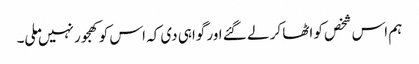
ہم اس شخص کو اٹھا کر لے گئے اور گواہی دی کہ اس کو کھجور نہیں ملی۔